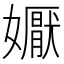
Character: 𭒦